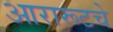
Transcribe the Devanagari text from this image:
आरारूटचे